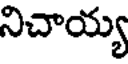
నిచాయ్య